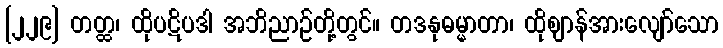
[၂၂၉] တတ္ထ၊ ထိုပဋိပဒါ အဘိညာဉ်တို့တွင်။ တဒနုဓမ္မာတာ၊ ထိုဈာန်အားလျော်သော